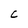
Character: C